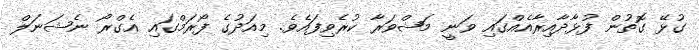
ގުޅޭ ގޮތުން ފުޅާދާއިރާއެއްގައި ވަނީ މަޝްވަރާ ކުރެވިފައެވެ. މިއަދުގެ ފޯރަމްގައި އެގްރޯ ނެޝަނަލް